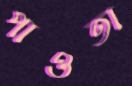
পাওতা